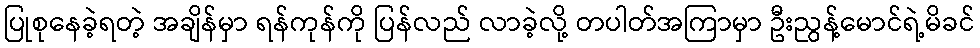
ပြုစုနေခဲ့ရတဲ့ အချိန်မှာ ရန်ကုန်ကို ပြန်လည် လာခဲ့လို့ တပါတ်အကြာမှာ ဦးညွန့်မောင်ရဲ့မိခင်